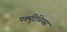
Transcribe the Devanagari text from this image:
पर्क्युटेनियस